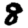
Digit: 8